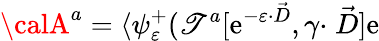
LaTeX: {\calA}^{a}=\langle\psi_{\varepsilon}^{+}(\mathscr{T}^{a}[\mathrm{{e}}^{-\varepsilon\cdot\stackrel{\rightarrow}{D}},\gamma\cdot\stackrel{\rightarrow}{D}]\mathrm{{e}}